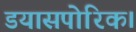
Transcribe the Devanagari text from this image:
डयासपोरिक।